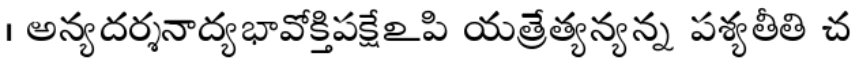
। అన్యదర్శనాద్యభావోక్తిపక్షేఽపి యత్రేత్యన్యన్న పశ్యతీతి చ